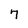
Character: 7